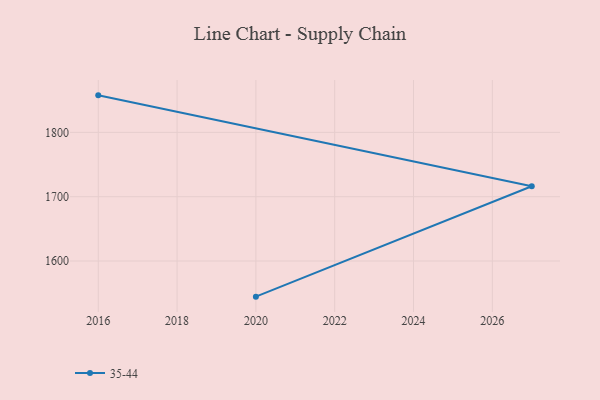
{"axis": {"x": "Year", "y": "Net Income (USD K)"}, "legend": ["35-44"], "data": [{"x": "2020", "y": 1544.6, "type": "35-44"}, {"x": "2027", "y": 1716.3, "type": "35-44"}, {"x": "2016", "y": 1857.6, "type": "35-44"}]}